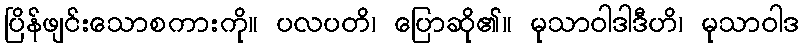
ပြိန်ဖျင်းသောစကားကို။ ပလပတိ၊ ပြောဆို၏။ မုသာဝါဒါဒီဟိ၊ မုသာဝါဒ